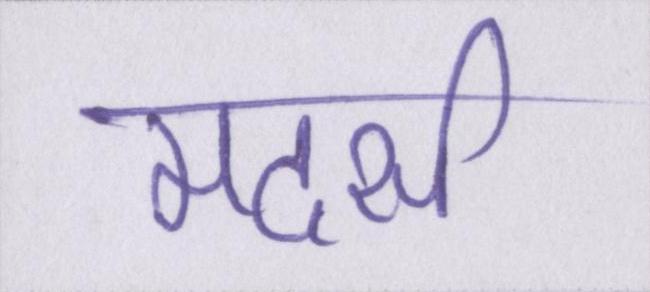
मदर्स